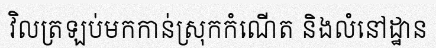
វិលត្រឡប់មកកាន់ស្រុកកំណើត និងលំនៅដ្ឋាន